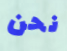
نحن